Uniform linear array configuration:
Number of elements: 48
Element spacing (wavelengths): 0.75
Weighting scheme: cosine
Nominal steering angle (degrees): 0
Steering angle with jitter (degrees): -1.139
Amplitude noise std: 0.05
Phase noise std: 0.05

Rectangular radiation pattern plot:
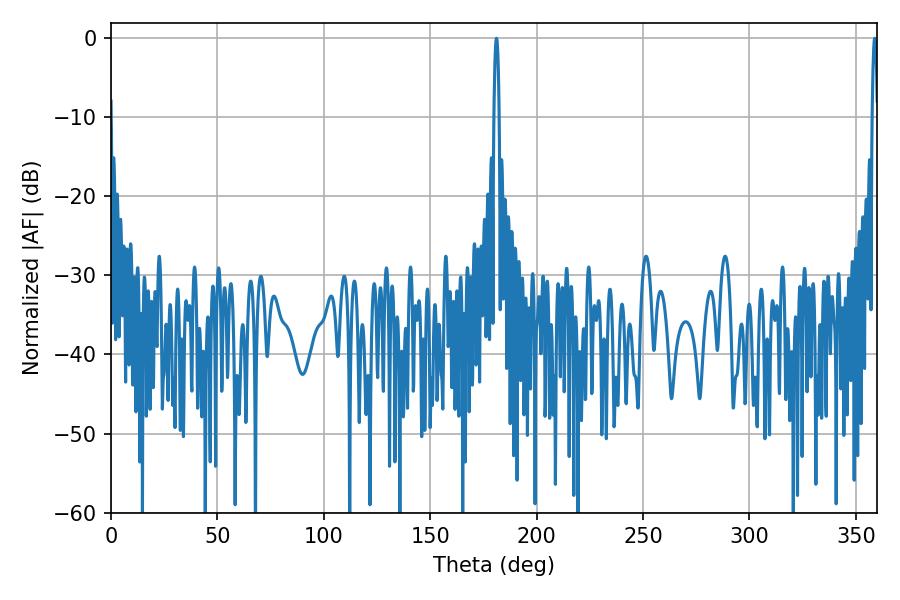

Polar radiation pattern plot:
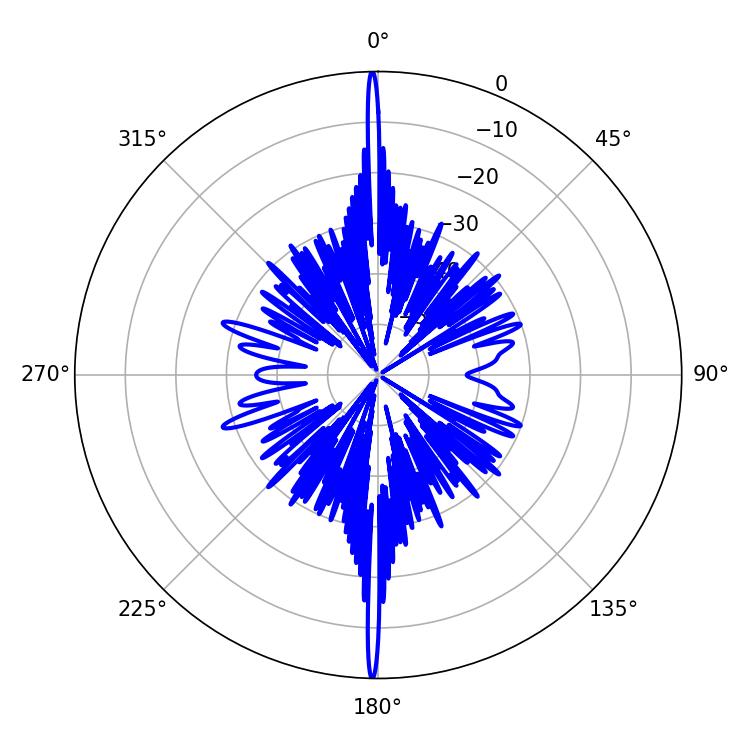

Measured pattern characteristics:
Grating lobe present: TRUE
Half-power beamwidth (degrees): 1.26
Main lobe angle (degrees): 181.08